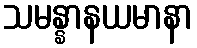
သမန္နာနယမာနာ